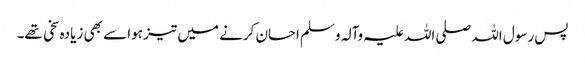
پس رسول اللہ صلی اللہ علیہ وآلہ وسلم احسان کرنے میں تیز ہوا سے بھی زیادہ سخی تھے۔